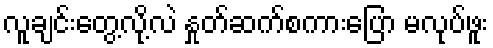
လူချင်းတွေ့လို့လဲ နှုတ်ဆက်စကားပြော မလုပ်ဖူး